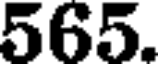
565.